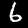
Label: 6